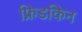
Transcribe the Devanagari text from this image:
फ्रिडकिन